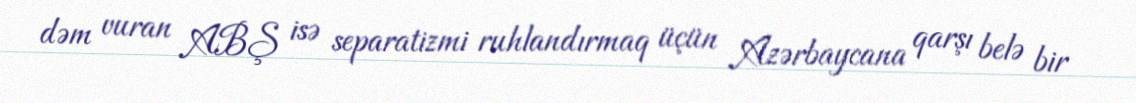
dəm vuran ABŞ isə separatizmi ruhlandırmaq üçün Azərbaycana qarşı belə bir